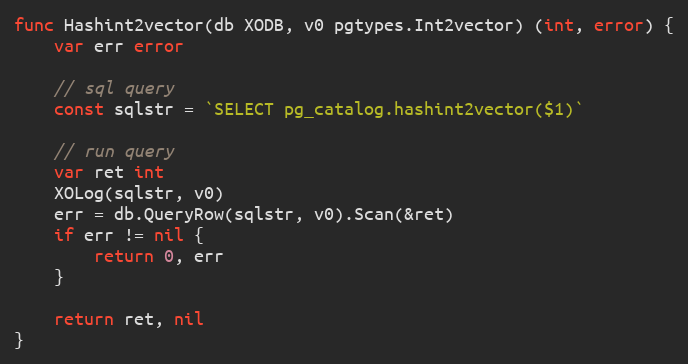
Language: Go
func Hashint2vector(db XODB, v0 pgtypes.Int2vector) (int, error) {
	var err error

	// sql query
	const sqlstr = `SELECT pg_catalog.hashint2vector($1)`

	// run query
	var ret int
	XOLog(sqlstr, v0)
	err = db.QueryRow(sqlstr, v0).Scan(&ret)
	if err != nil {
		return 0, err
	}

	return ret, nil
}